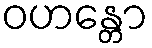
ဝဟန္တော